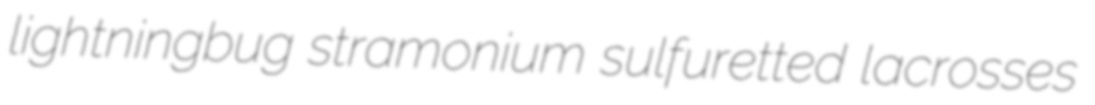
lightningbug stramonium sulfuretted lacrosses